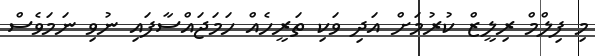
މި ފިލްމް ރިލީޒް ކުރުމަށް އަދި ވަކި ތަރީހެއް ހަމަޖައްސާފައި ނުވި ނަމަވެސް